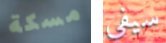
مسكة سيفي